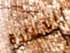
الإعادة